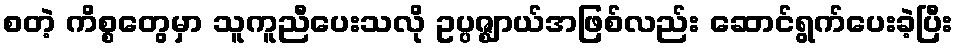
စတဲ့ ကိစ္စတွေမှာ သူကူညီပေးသလို ဥပ္ပဇ္ဈာယ်အဖြစ်လည်း ဆောင်ရွက်ပေးခဲ့ပြီး